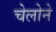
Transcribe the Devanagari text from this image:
चेलोने